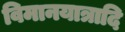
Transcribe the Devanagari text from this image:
विमानयात्रादि